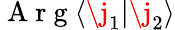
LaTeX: \mathrm{~A~r~g~}\langle\j_{1}\lvert\j_{2}\rangle